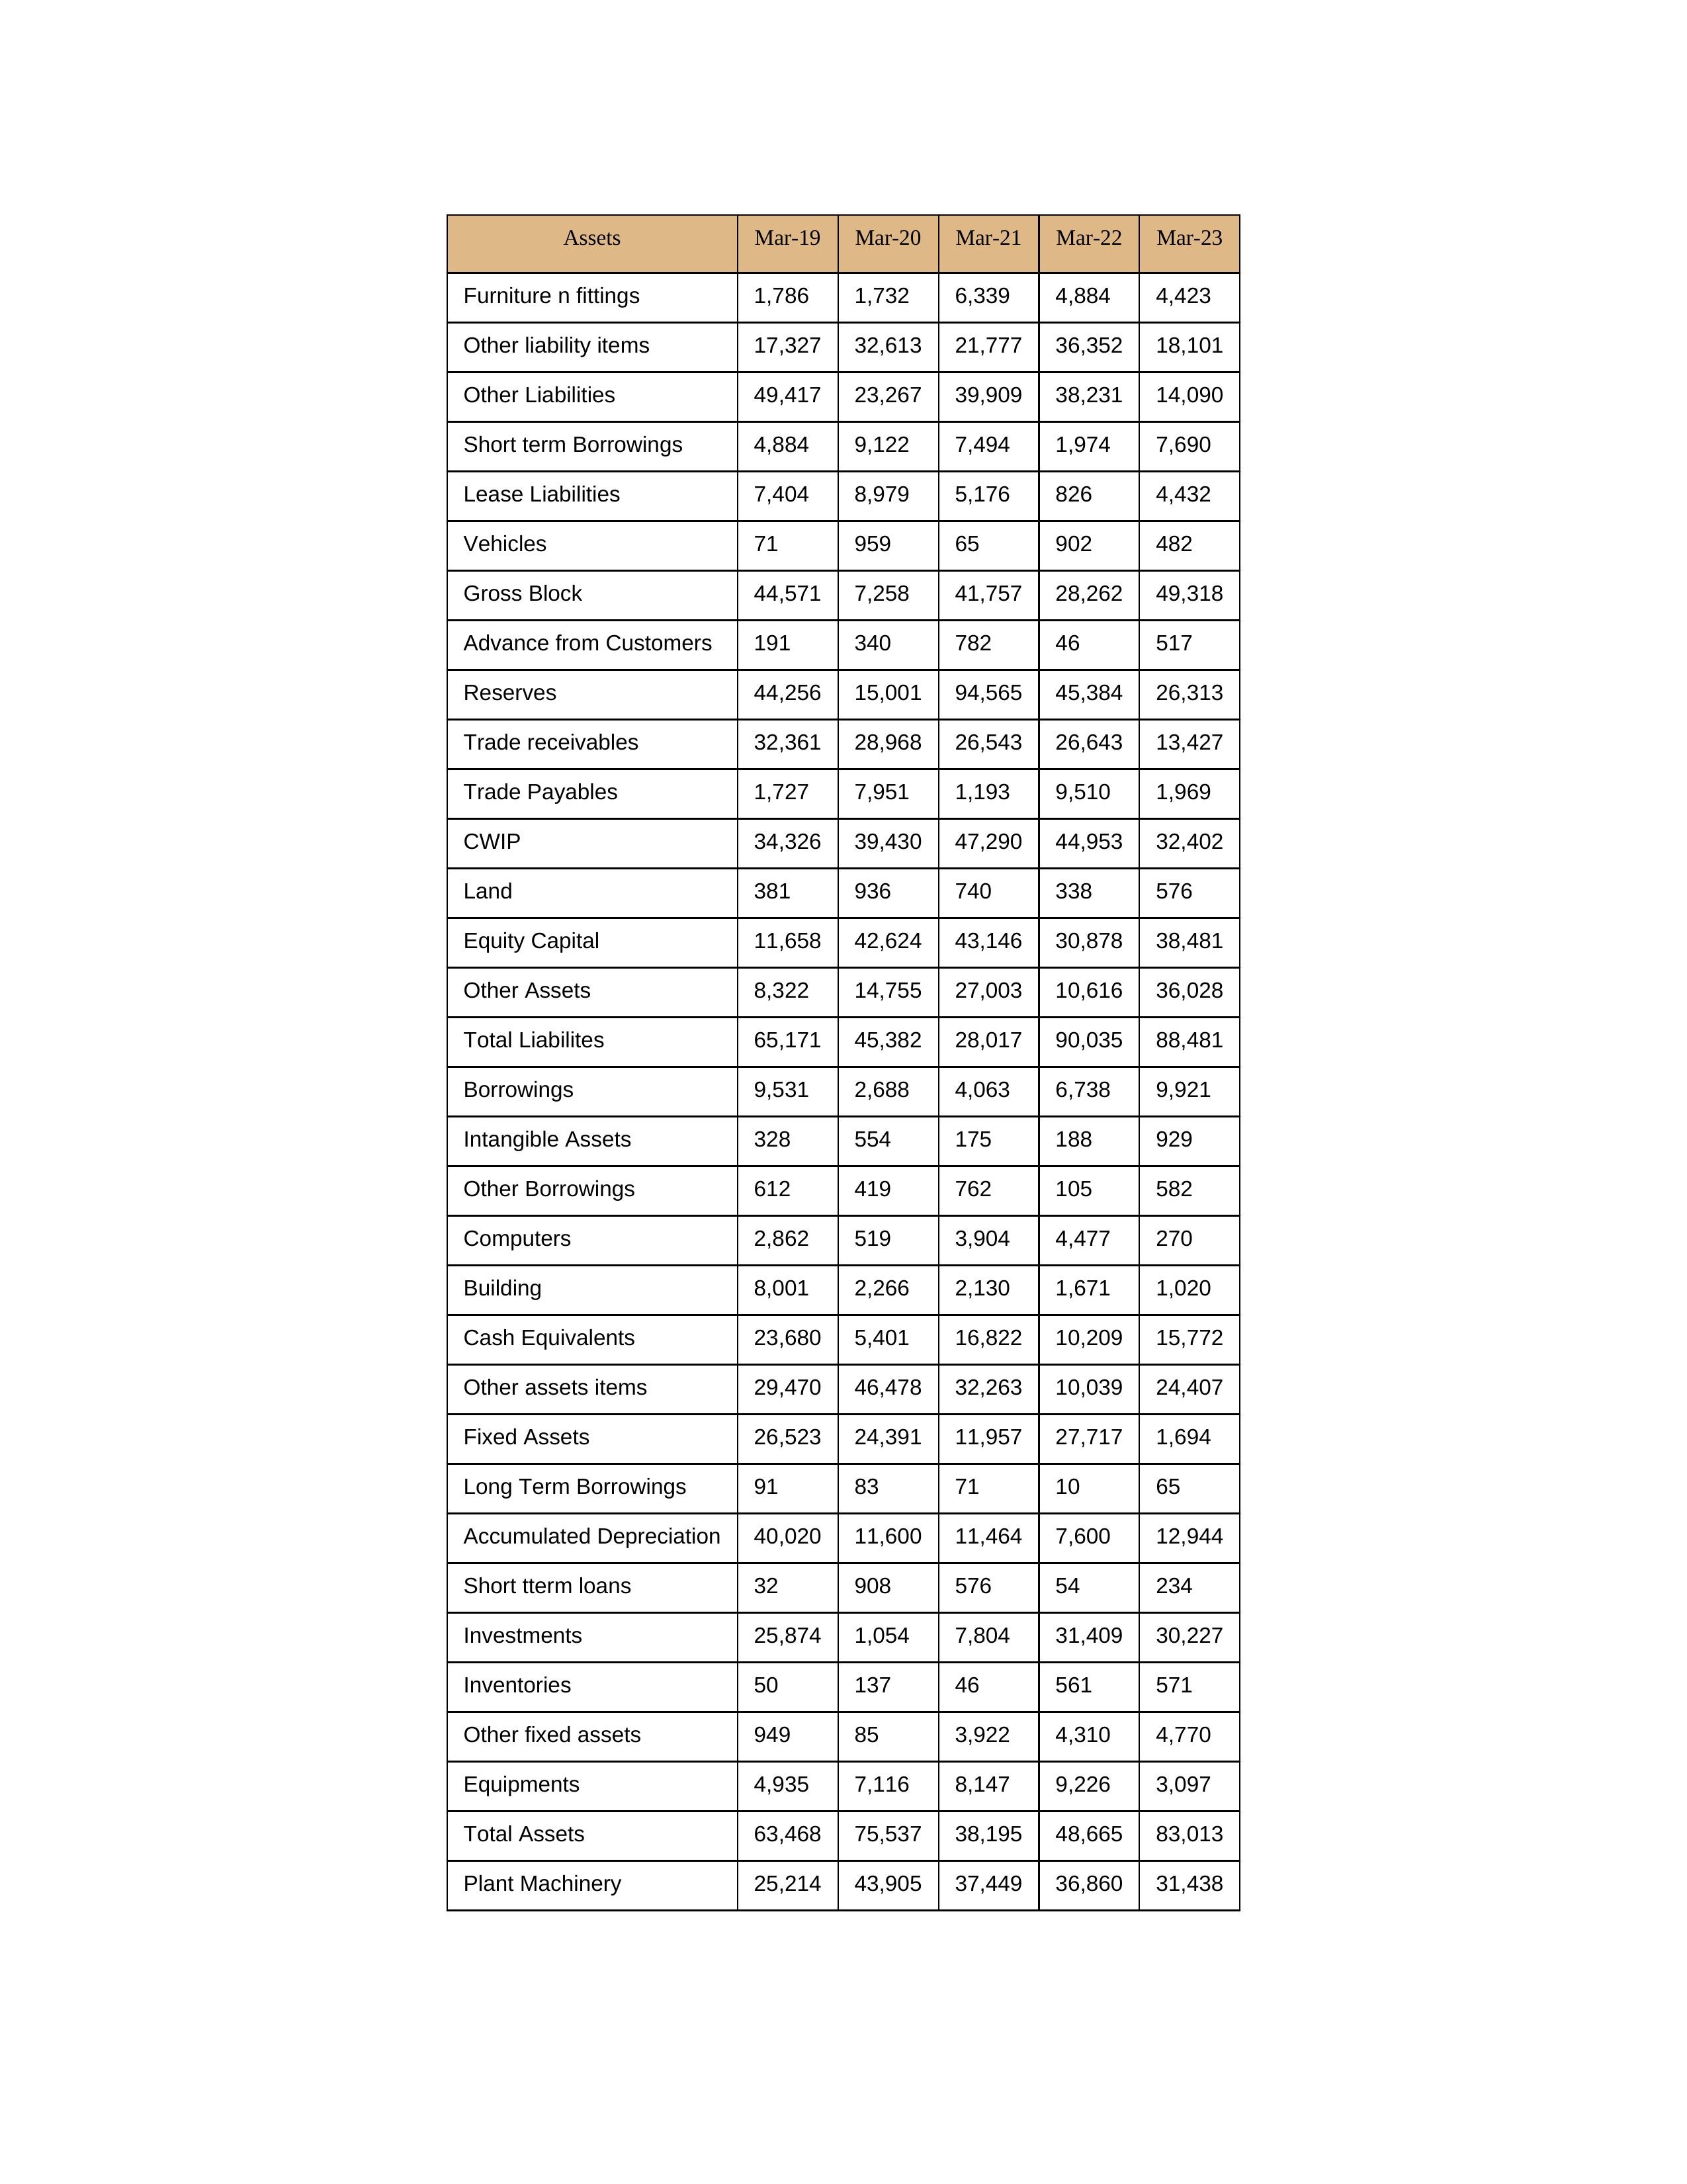
gt_parse: Mar-19: Equity Capital: 11,658
Reserves: 44,256
Borrowings: 9,531
Long Term Borrowings: 91
Short term Borrowings: 4,884
Lease Liabilities: 7,404
Other Borrowings: 612
Other Liabilities: 49,417
Trade Payables: 1,727
Advance from Customers: 191
Other liability items: 17,327
Total Liabilites: 65,171
Fixed Assets: 26,523
Land: 381
Building: 8,001
Plant Machinery: 25,214
Equipments: 4,935
Computers: 2,862
Furniture n fittings: 1,786
Vehicles: 71
Intangible Assets: 328
Other fixed assets: 949
Gross Block: 44,571
Accumulated Depreciation: 40,020
CWIP: 34,326
Investments: 25,874
Other Assets: 8,322
Inventories: 50
Trade receivables: 32,361
Cash Equivalents: 23,680
Short tterm loans: 32
Other assets items: 29,470
Total Assets: 63,468
Mar-20: Equity Capital: 42,624
Reserves: 15,001
Borrowings: 2,688
Long Term Borrowings: 83
Short term Borrowings: 9,122
Lease Liabilities: 8,979
Other Borrowings: 419
Other Liabilities: 23,267
Trade Payables: 7,951
Advance from Customers: 340
Other liability items: 32,613
Total Liabilites: 45,382
Fixed Assets: 24,391
Land: 936
Building: 2,266
Plant Machinery: 43,905
Equipments: 7,116
Computers: 519
Furniture n fittings: 1,732
Vehicles: 959
Intangible Assets: 554
Other fixed assets: 85
Gross Block: 7,258
Accumulated Depreciation: 11,600
CWIP: 39,430
Investments: 1,054
Other Assets: 14,755
Inventories: 137
Trade receivables: 28,968
Cash Equivalents: 5,401
Short tterm loans: 908
Other assets items: 46,478
Total Assets: 75,537
Mar-21: Equity Capital: 43,146
Reserves: 94,565
Borrowings: 4,063
Long Term Borrowings: 71
Short term Borrowings: 7,494
Lease Liabilities: 5,176
Other Borrowings: 762
Other Liabilities: 39,909
Trade Payables: 1,193
Advance from Customers: 782
Other liability items: 21,777
Total Liabilites: 28,017
Fixed Assets: 11,957
Land: 740
Building: 2,130
Plant Machinery: 37,449
Equipments: 8,147
Computers: 3,904
Furniture n fittings: 6,339
Vehicles: 65
Intangible Assets: 175
Other fixed assets: 3,922
Gross Block: 41,757
Accumulated Depreciation: 11,464
CWIP: 47,290
Investments: 7,804
Other Assets: 27,003
Inventories: 46
Trade receivables: 26,543
Cash Equivalents: 16,822
Short tterm loans: 576
Other assets items: 32,263
Total Assets: 38,195
Mar-22: Equity Capital: 30,878
Reserves: 45,384
Borrowings: 6,738
Long Term Borrowings: 10
Short term Borrowings: 1,974
Lease Liabilities: 826
Other Borrowings: 105
Other Liabilities: 38,231
Trade Payables: 9,510
Advance from Customers: 46
Other liability items: 36,352
Total Liabilites: 90,035
Fixed Assets: 27,717
Land: 338
Building: 1,671
Plant Machinery: 36,860
Equipments: 9,226
Computers: 4,477
Furniture n fittings: 4,884
Vehicles: 902
Intangible Assets: 188
Other fixed assets: 4,310
Gross Block: 28,262
Accumulated Depreciation: 7,600
CWIP: 44,953
Investments: 31,409
Other Assets: 10,616
Inventories: 561
Trade receivables: 26,643
Cash Equivalents: 10,209
Short tterm loans: 54
Other assets items: 10,039
Total Assets: 48,665
Mar-23: Equity Capital: 38,481
Reserves: 26,313
Borrowings: 9,921
Long Term Borrowings: 65
Short term Borrowings: 7,690
Lease Liabilities: 4,432
Other Borrowings: 582
Other Liabilities: 14,090
Trade Payables: 1,969
Advance from Customers: 517
Other liability items: 18,101
Total Liabilites: 88,481
Fixed Assets: 1,694
Land: 576
Building: 1,020
Plant Machinery: 31,438
Equipments: 3,097
Computers: 270
Furniture n fittings: 4,423
Vehicles: 482
Intangible Assets: 929
Other fixed assets: 4,770
Gross Block: 49,318
Accumulated Depreciation: 12,944
CWIP: 32,402
Investments: 30,227
Other Assets: 36,028
Inventories: 571
Trade receivables: 13,427
Cash Equivalents: 15,772
Short tterm loans: 234
Other assets items: 24,407
Total Assets: 83,013